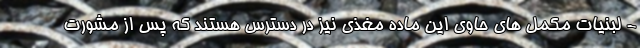
- لبنیات مکمل های حاوی این ماده مغذی نیز در دسترس هستند که پس از مشورت